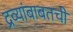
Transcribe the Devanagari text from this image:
द्रव्यांबाबतची